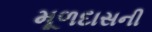
મૂળદાસની